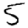
Digit: 5